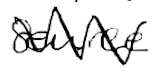
Text: source
Cross-out: zig-zag
Writing tool: digital_black